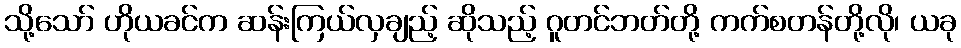
သို့သော် ဟိုယခင်က ဆန်းကြယ်လှချည့် ဆိုသည့် ဂူတင်ဘတ်တို့ ကက်စတန်တို့လို၊ ယခု